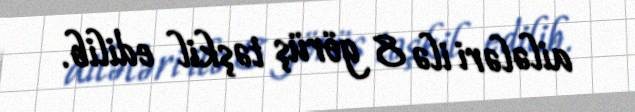
ailələri ilə 8 görüş təşkil edilib.